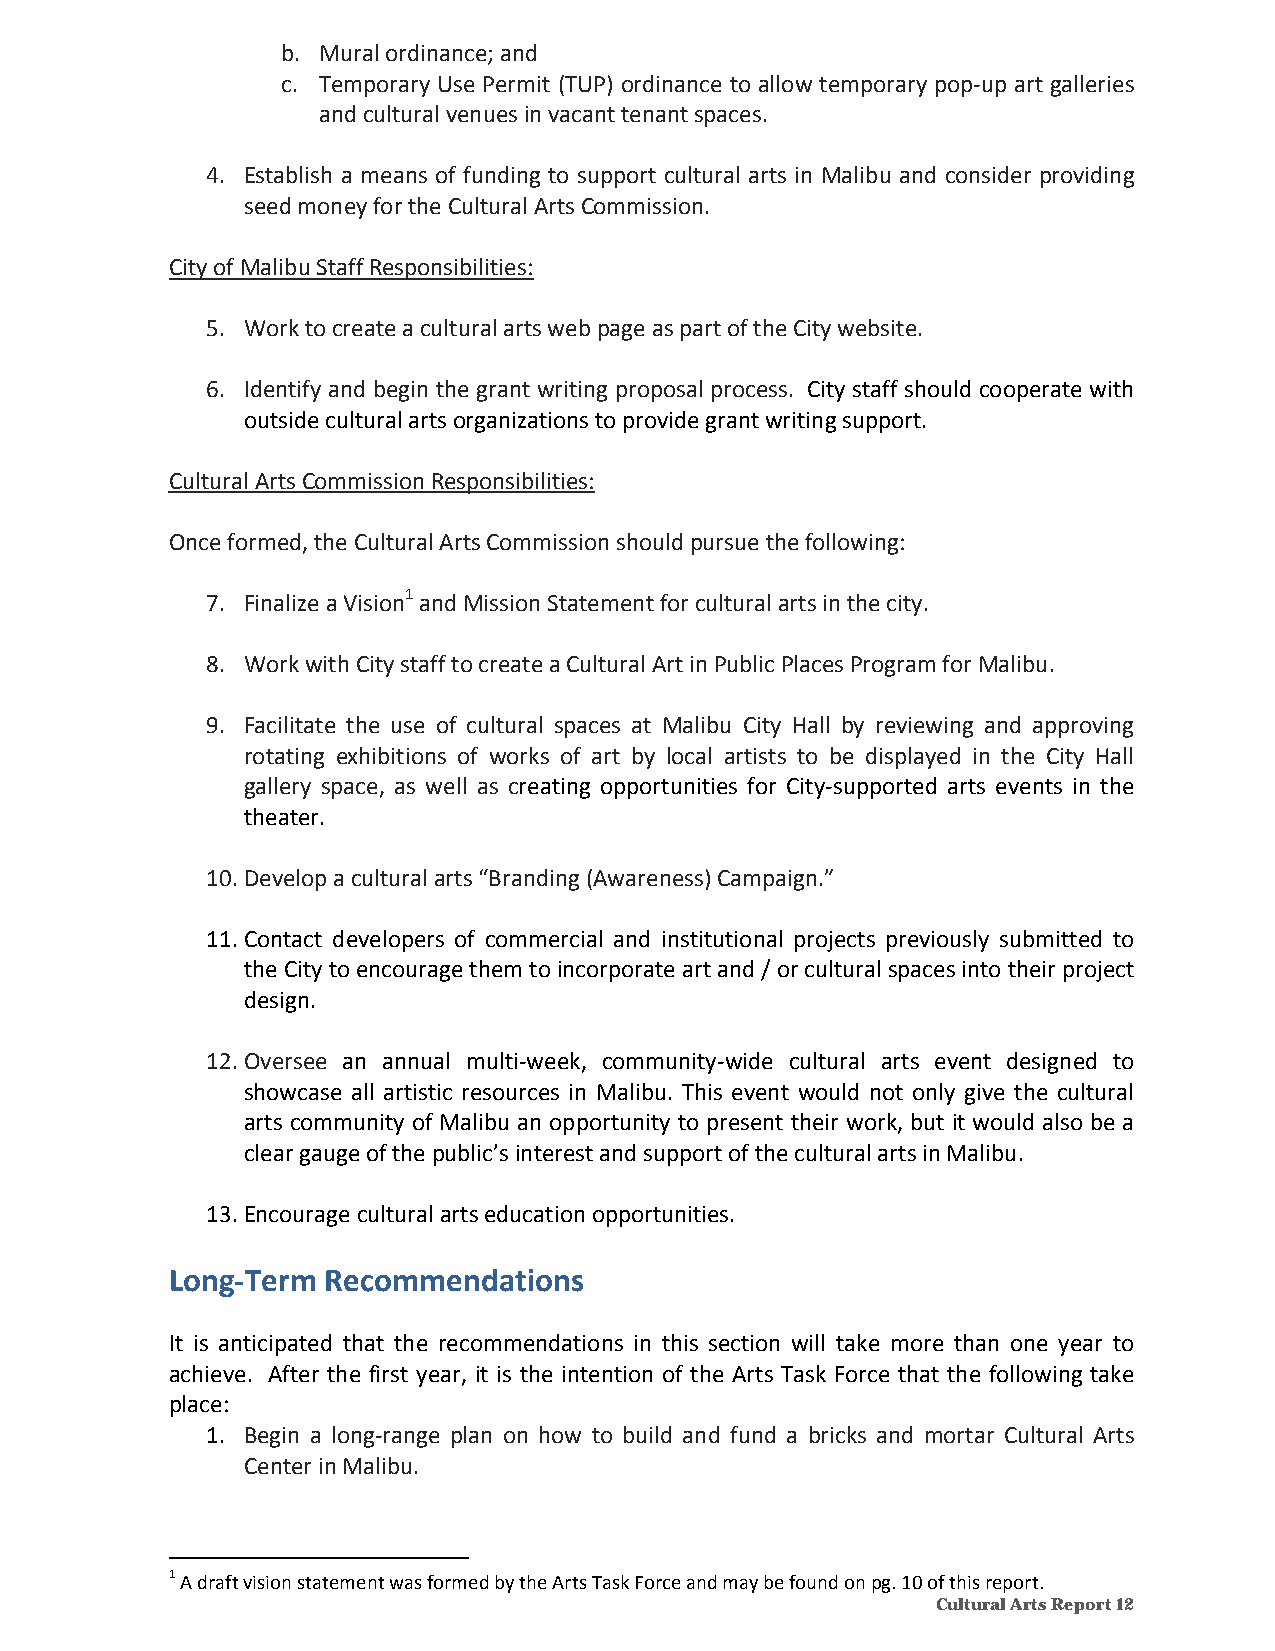
b. Mural ordinance; and
 c. Temporary Use Permit (TUP) ordinance to allow temporary pop‐up art galleries
 and cultural venues in vacant tenant spaces.
 4. Establish a means of funding to support cultural arts in Malibu and consider providing
 seed money for the Cultural Arts Commission.
 City of Malibu Staff Responsibilities:
 5. Work to create a cultural arts web page as part of the City website.
 6. Identify and begin the grant writing proposal process. City staff should cooperate with
 outside cultural arts organizations to provide grant writing support.
 Cultural Arts Commission Responsibilities:
 Once formed, the Cultural Arts Commission should pursue the following:
 7. Finalize a Vision1 and Mission Statement for cultural arts in the city.
 8. Work with City staff to create a Cultural Art in Public Places Program for Malibu.
 9. Facilitate the use of cultural spaces at Malibu City Hall by reviewing and approving
 rotating exhibitions of works of art by local artists to be displayed in the City Hall
 gallery space, as well as creating opportunities for City‐supported arts events in the
 theater.
 10. Develop a cultural arts “Branding (Awareness) Campaign.”
 11. Contact developers of commercial and institutional projects previously submitted to
 the City to encourage them to incorporate art and / or cultural spaces into their project
 design.
 12. Oversee an annual multi‐week, community‐wide cultural arts event designed to
 showcase all artistic resources in Malibu. This event would not only give the cultural
 arts community of Malibu an opportunity to present their work, but it would also be a
 clear gauge of the public’s interest and support of the cultural arts in Malibu.
 13. Encourage cultural arts education opportunities.
 Long‐Term Recommendations
 It is anticipated that the recommendations in this section will take more than one year to
 achieve. After the first year, it is the intention of the Arts Task Force that the following take
 place:
 1. Begin a long‐range plan on how to build and fund a bricks and mortar Cultural Arts
 Center in Malibu.
 1 A draft vision statement was formed by the Arts Task Force and may be found on pg. 10 of this report.
 Cultural Arts Report 12